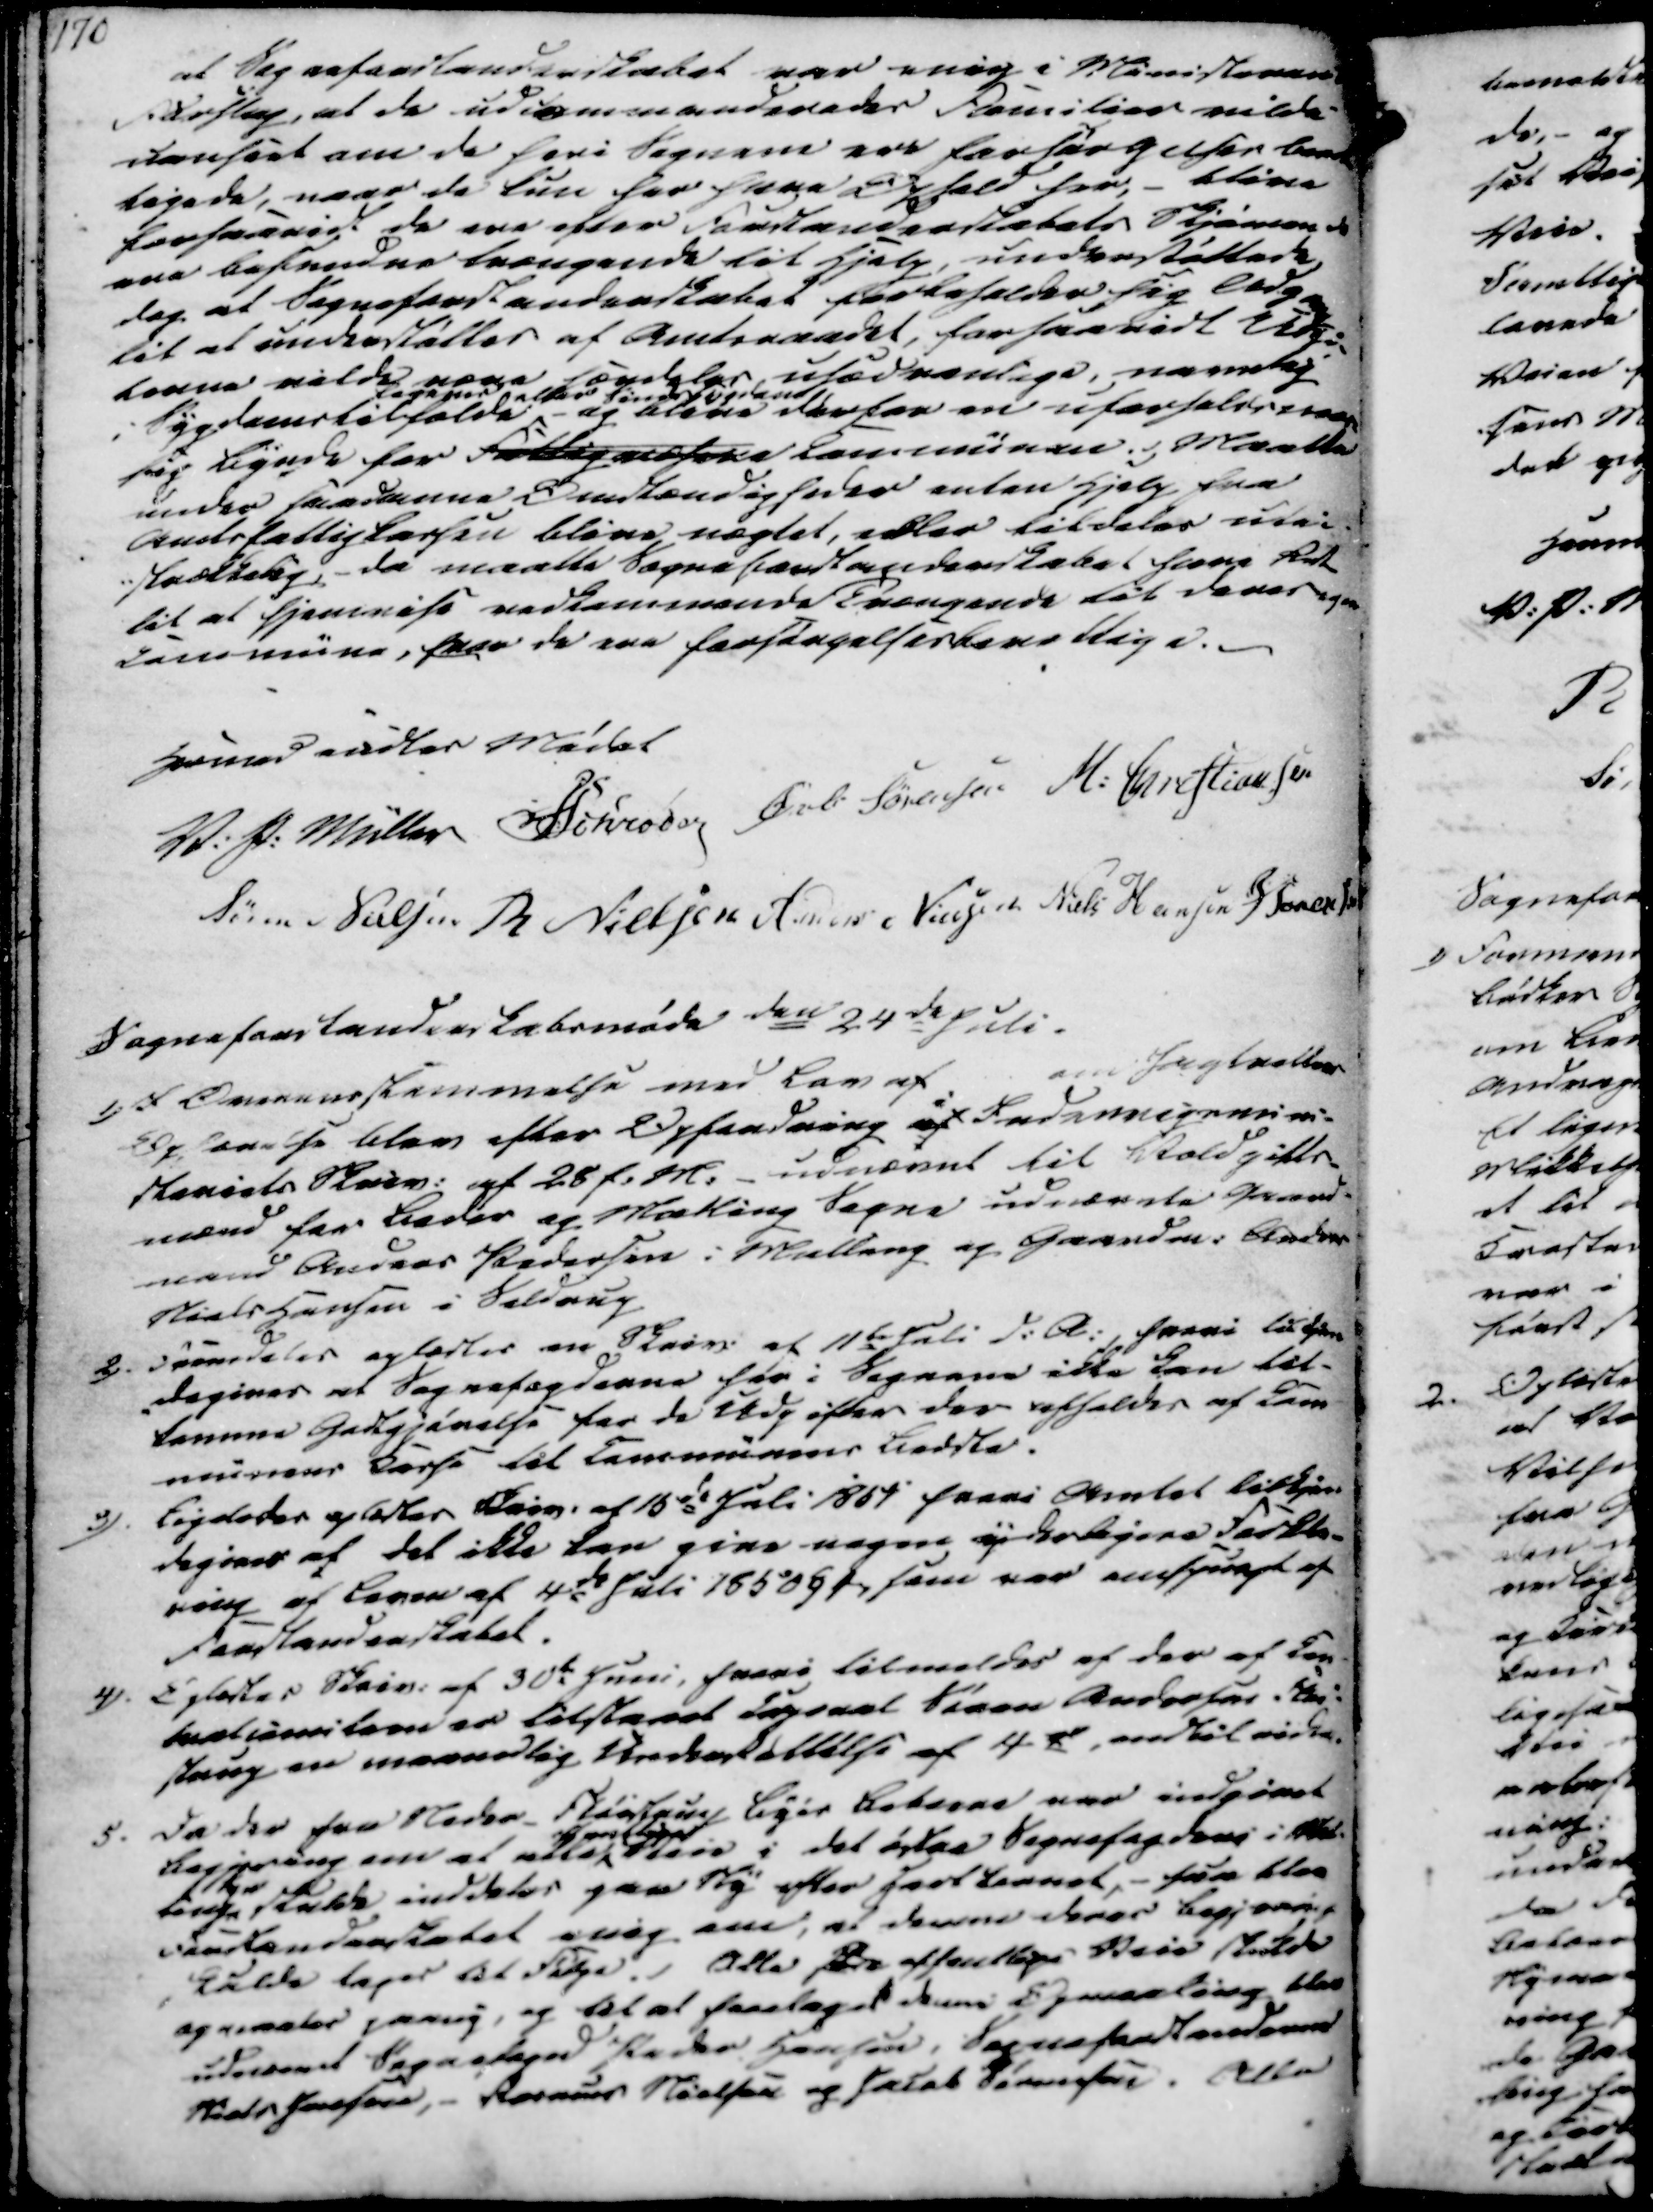
Transskription:
at Sogneforstanderskabet var enig i Ministerens
Forslag, at de udcommanderedes Familier vilde-
uanseet om de heri Sognene ere forsørgelser beret-
tigede, naar de kun har have Ophold her,- blive
forsaavidt de ere efter Forstanderskabets Skjønen de
ere befundne trængende til Hjelp, understøttede
dog at Sogneforstanderskabet forbeholder sig Endgang
til at understøttes af Amtsraadet, forsaavidt Udsig
terne vilde være særdeles usædvanlige, navnlig
i Sygdomstilholde
 eller Ssygdom
- og blive derfor en uforholdsmæs-
sig Byrde for Fattigvæsene Communen. Maatte
under saadanne Omstændigheder enten Hjelp fra
Amtsfattigkassen blive nægtet, eller tildeles util
-strækkelig, - da maatte Sogneforstanderskabet have Ret
til at hjemvise vedkommende Trængende til deres egen
Commune, hvor de ere forsørgelsesberettige.

Hermed endtes Mødet
V. P. Müller
Schroder
Øvli Sørensen
M. Christiansen
Søren Nielsen
R Nielsen
Anders Nielsen
Niels Hansen
J Sørensen

Sogneforstanderskabsmøde den 24de Juli.
1) I Overensstemmelse med Lov af
om Jagtrettens
Ophævelse blev efter Opfordring af
i
Indenrigsmini-
steriets Skriv. af 28 f.M. udnævnt til Voldgifts-
mænd for Beder og Malling Sogne udnævnte Gaard-
mand Anders Pedersen i Malling og Gaardm. Anders
Niels Hansen i Seldrup
2). Fremdeles oplæstes en Skriv. af 11te Juli d.A., hvori tilkjen
-degives at Sognefogderne her i Sognene ikke kan til-
komme Godtgjørelse for de udgifter der afholdes af Com
munens Kasse til Communens Bedste.
3). Ligeledes oplæstes Skriv. af 15de Juli 1851 hvori Amtet tilkjen
degives at det ikke kan give nogen yderligere Forkla-
ring af Loven af 4de Juli 1850 § 1, som var anspurgt af
Forstanderskabet.
4). Oplæstes Skriv. af 30te Juni, hvori tilmeldes af der af Kon-
tratcomiteen er tilstaaet lagsaal Søren Andersen Fløi
strup en maanedlig Understøttelse af 4 rd indtil videre.
5. Da der fra Neder-Fløistrup Byes Beboere var indgivet
Begjering om at alle

Veie i det østre Sognefogdens i Mal-
lings skulde inddeles paa Ny efter Hartkornet, - saa blev
Forstanderskabet enig om, at derom deres Begjæring
skulde tages til Følge. Alle Be offentlige Veie skulde
opmaales paany, og til at foretaget denne Opmaaling blev
udnævnt Sognefoged Peder Hansen, Sogneforstanderne
Niels Jensen,- Rasmus Nielsen og Jacob Sørensen. Alle